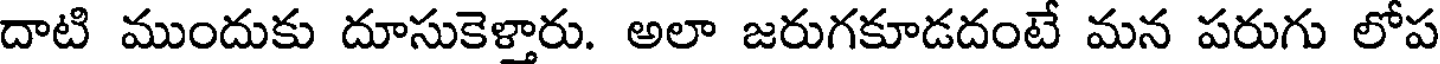
దాటి ముందుకు దూసుకెళ్తారు. అలా జరుగకూడదంటే మన పరుగు లోప